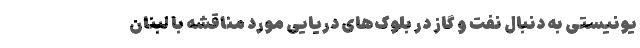
یونیستی به دنبال نفت و گاز در بلوک‌های دریایی مورد مناقشه با لبنان